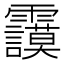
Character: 𩇅